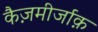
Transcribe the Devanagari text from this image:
कैज़मीर्जाक़